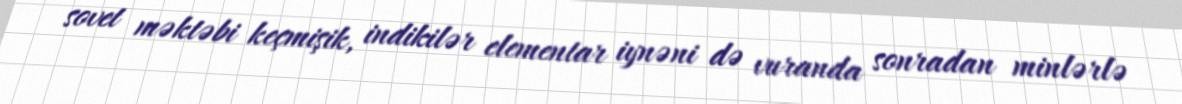
sovet məktəbi keçmişik, indikilər elementar iynəni də vuranda sonradan minlərlə